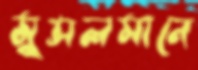
মুসলমানে